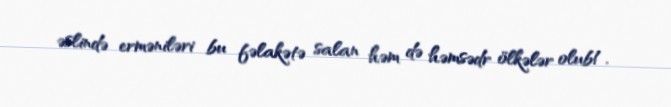
əslində erməniləri bu fəlakətə salan həm də həmsədr ölkələr olub!.